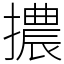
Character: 擃